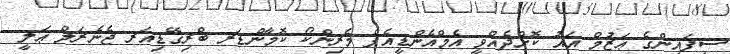
ސިފައިންގެ ޢަޒުމް އައު ކޮށްދެއްވީ އެމްއެންޑީއެފް މެރިންކޯ ކޮމާންޑަރ ބްރިގޭޑިއަރ ޖެނެރަލް ޢަލީ